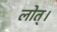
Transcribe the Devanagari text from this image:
लोत्।